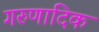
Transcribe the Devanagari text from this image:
गरुणादिक